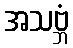
အသဗ္ဘံ